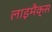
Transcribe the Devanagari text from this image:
लाइमैक्स